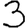
Digit: 3